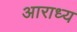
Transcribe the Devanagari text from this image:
अाराध्य